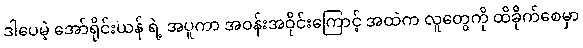
ဒါပေမဲ့ အော်ရိုင်းယန် ရဲ့ အပူကာ အဝန်းအဝိုင်းကြောင့် အထဲက လူတွေကို ထိခိုက်စေမှာ